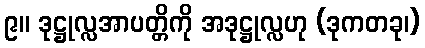
၉။ ဒုဋ္ဌုလ္လအာပတ္တိကို အဒုဋ္ဌုလ္လဟု (ဒုကတခု၊)